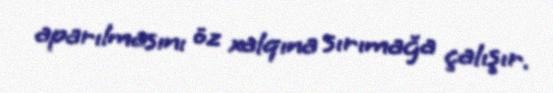
aparılmasını öz xalqına sırımağa çalışır.